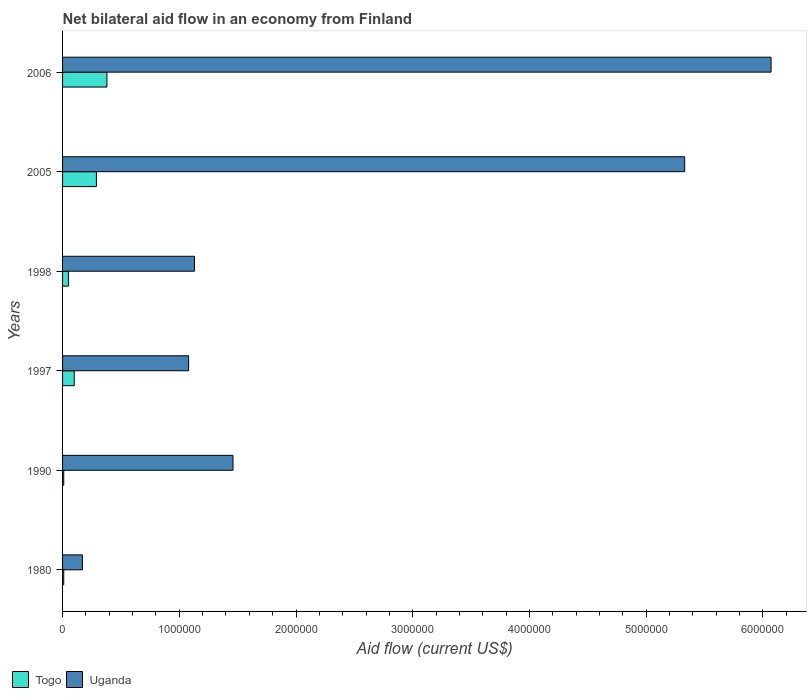
| Years | Togo | Uganda |
 | --- | --- | --- |
 | 1980 | 1e+04 | 1.7e+05 |
 | 1990 | 1e+04 | 1.46e+06 |
 | 1997 | 1e+05 | 1.08e+06 |
 | 1998 | 5e+04 | 1.13e+06 |
 | 2005 | 2.9e+05 | 5.33e+06 |
 | 2006 | 3.8e+05 | 6.07e+06 |